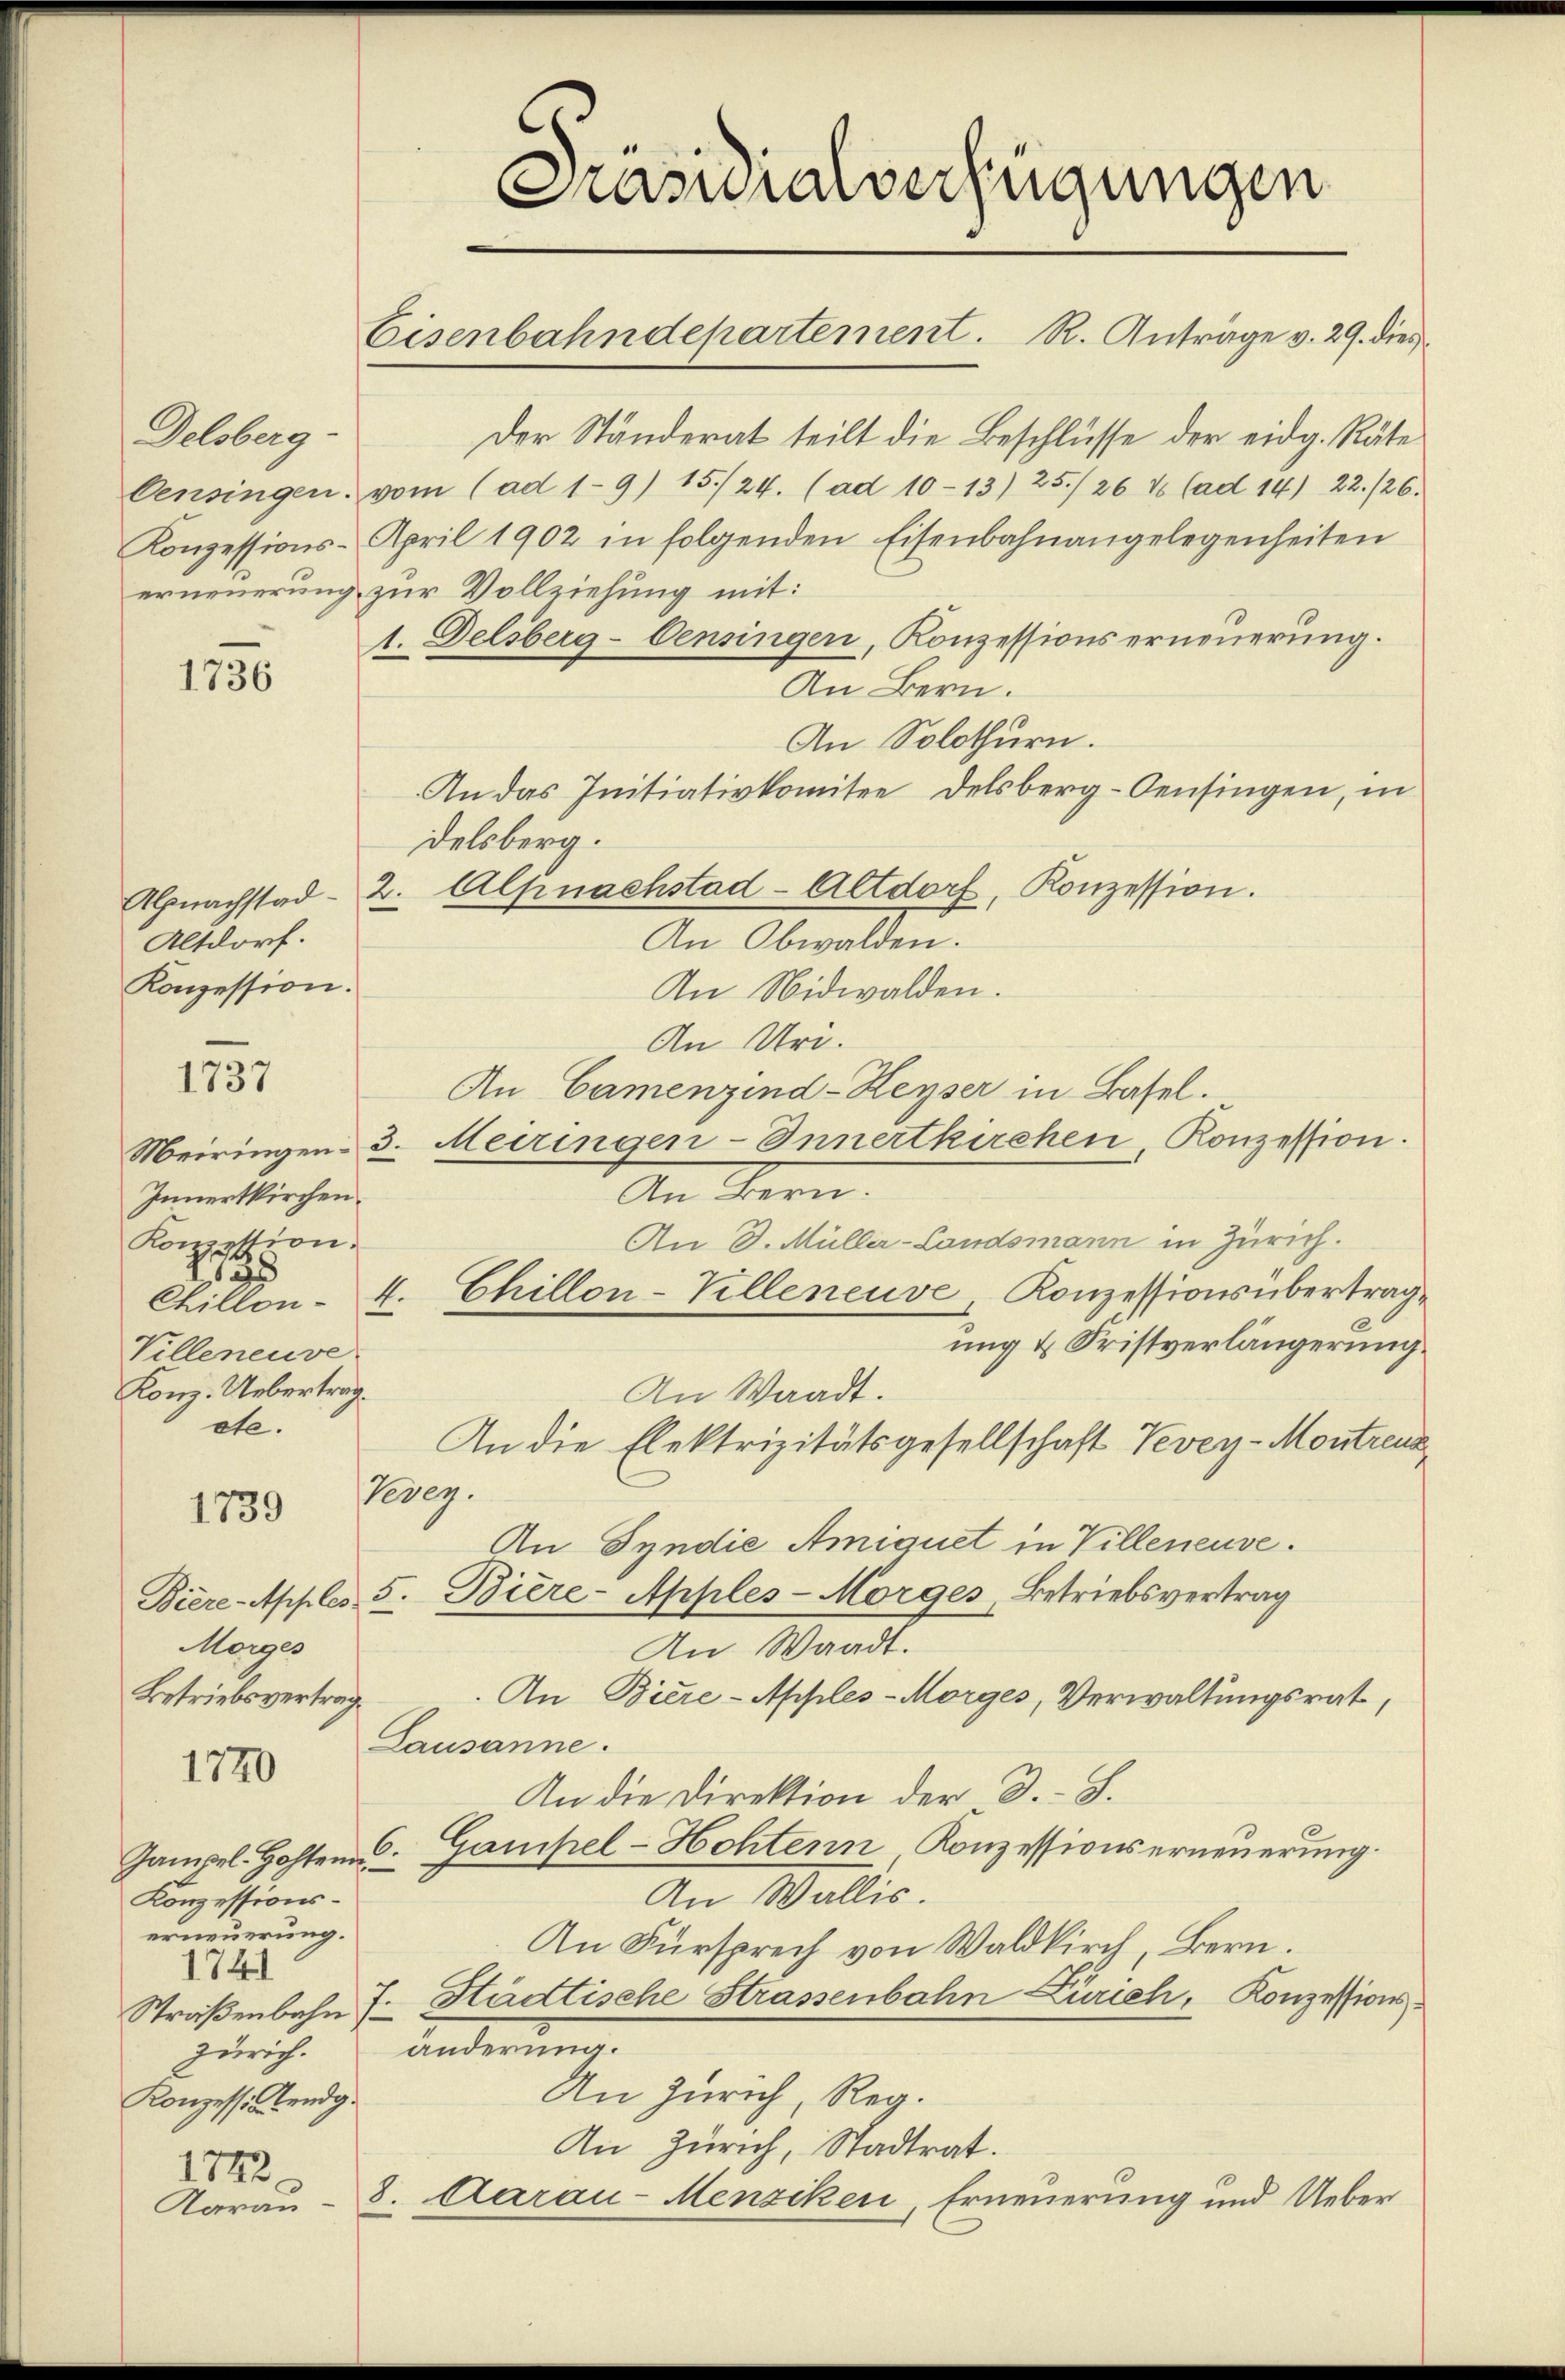
Delsberg-

1736

Altdorf.
Konzession.

1737

Innertkirchen.
Konzession.
728
Villeneuve
Konz. Uebertrag.
ete.

1739

Morges
Betriebsvertrag.

1720

Gampel. Hohten.
Konzessionserneuerung.
1741
Zürich.
Konzessistendig.

1742
Aarau

Prasuialverfügungen

Eisenbahndepartement. R. Anträge v. 29. dies

Der Ständerat teilt die Beschlüsse der eidg. Räte
Censingen. vom (ad 1-9) 15./24. (ad 10-13) 25. 26 t (ad 14) 22./26.
Konzessions-April 1902 in folgenden Eisenbahnangelegenheiten
erneuerung zur Vollziehung mit:
1. Delsberg-Censingen, Konzessionserneuerung.
An Bern.
An Solothurn.
An das Initiativkomitee delsberg-Oensingen, in
delsberg.
Abnachstad 2. Alpnachstad-Altdorf, Konzession.
An Obwalden.
An Nidwalden.
An Uri.
An Camenzind-Heyser in Basel.
Meiringen 3. Meiringen-Innertkirchen, Konzession.
An Bern.
An D. Müller-Condsmann in Zürich.
Chillon - 4. Chillon-Killeneuve Konzessionsübertrag
ung u. Fristverlängerung.
An Waadt.
An die Elektrizitätsgesellschaft Vevey-Montrenn
Vevey.
An Syndie Amiquet in Villeneuve.
Biere Apples 5. Bière-Apples-Morges Betriebsvertrag
An Waadt.
An Biere-Apples-Morges, Verwaltungsrat,
Lausanne.
An die Direktion der 3. S.
6.
Gampel-Hohtern Konzessionserneuerung.
An Wallis.
An Fürsprech von Waldkirch, Bern.
Straßenbahn 7. Städtische Strassenbahn Zürich, Konzessions
änderung.
An Zürich, Reg.
An Zürich, Stadtrat.
8. Aarau-Menziken, Erneuerung und Ueber